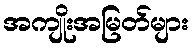
အကျိုးအမြတ်များ